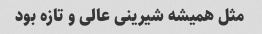
مثل همیشه شیرینی عالی و تازه بود